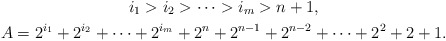
\begin{gather*} i_1>i_2 > \cdots > i_m > n+1, \\A = 2^{i_1} + 2^{i_2} + \cdots + 2^{i_m}+ 2^n+2^{n-1} + 2^{n-2} + \cdots + 2^2+ 2+1.\end{gather*}